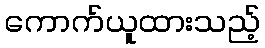
ကောက်ယူထားသည့်